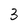
Character: 3